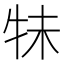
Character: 𰠭